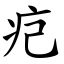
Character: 㽶